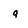
Character: q